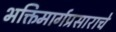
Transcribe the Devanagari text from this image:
भक्तिमार्गप्रसाराचे